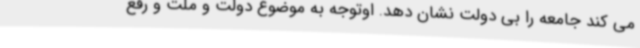
می کند جامعه را بی دولت نشان دهد. اوتوجه به موضوع دولت و ملت و رفع